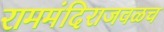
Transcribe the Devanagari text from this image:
राममंदिराजवळच